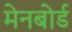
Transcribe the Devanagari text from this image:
मेनबोर्ड